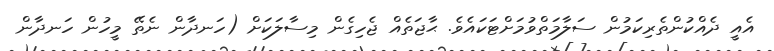
އެއީ ދެއްކުންތެރިކަމުން ސަލާމަތްވުމަށްޓަކައެވެ. ޙާޖަތެއް ޖެހިގެން މިސާލަކަށް (ހަނދާން ނެތޭ މީހުން ހަނދާން